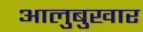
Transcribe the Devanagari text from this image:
आलुबुखार